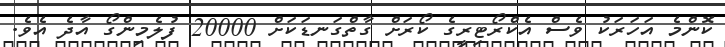
ކޮންމެ އަހަރަކު ވެސް އެކްރޯޓިރީގެ ކޯރަށް ގާތްގަނޑަކަށް 20000 ފުލެމިންގޯ އާދެ އެވެ.